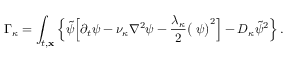
\Gamma _ { \kappa } = \int _ { t , { \bf x } } \Big \{ \tilde { \psi } \Big [ \partial _ { t } \psi - \nu _ { \kappa } \nabla ^ { 2 } \psi - \frac { \lambda _ { \kappa } } { 2 } \big ( { \bf \nabla } \psi \big ) ^ { 2 } \Big ] - D _ { \kappa } \tilde { \psi } ^ { 2 } \Big \} \, .